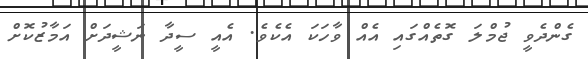
ގެންދެވީ ޖުމްލަ ގޮތެއްގައި އެއް ވާހަކަ އެކެވެ. އެއީ ސީދާ ނަޝީދަށް އަމާޒުކޮށް